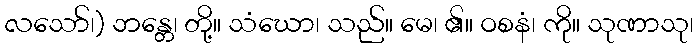
လသော်၊) ဘန္တေ၊ တို့။ သံဃော၊ သည်။ မေ၊ ၏။ ဝစနံ၊ ကို။ သုဏာသု၊